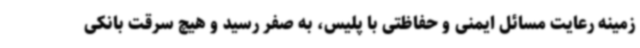
زمینه رعایت مسائل ایمنی و حفاظتی با پلیس، به صفر رسید و هیچ سرقت بانکی